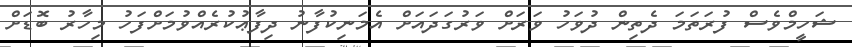
ޝަހީމްވެސް ފުރަތަމަ ދެތިން ދުވަހު ވަރަށް ވަރުގަދައަށް އެމަނިކުފާނު ދިފާޢުކުރެއްވުމަށްފަހު މިހާރު ބޮޑަށް